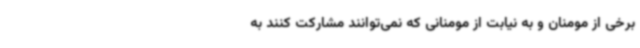
برخی از مومنان و به نیابت از مومنانی که نمی‌توانند مشارکت کنند به